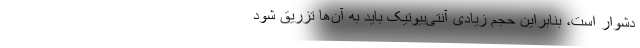
دشوار است، بنابراین حجم زیادی آنتی‌بیوتیک باید به آن‌ها تزریق شود